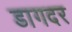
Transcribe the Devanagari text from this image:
डागदर